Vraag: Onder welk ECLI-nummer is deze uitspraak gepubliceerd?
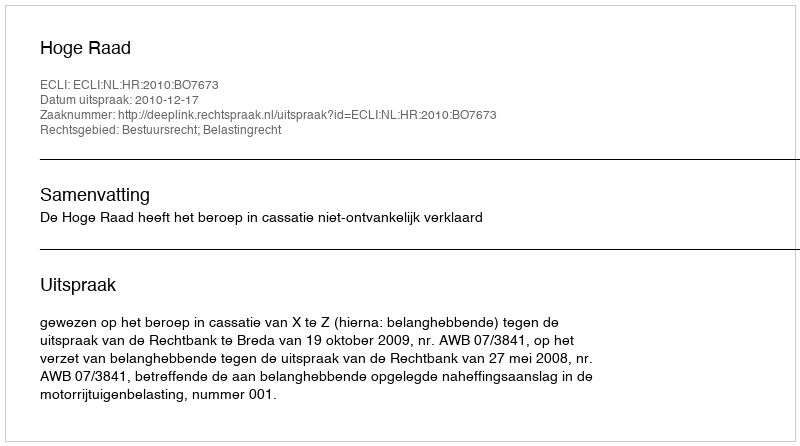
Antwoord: ECLI:NL:HR:2010:BO7673